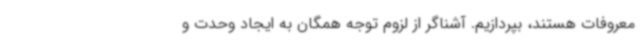
معروفات هستند، بپردازیم. آشناگر از لزوم توجه همگان به ایجاد وحدت و